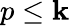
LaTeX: p\leq\mathbf{k}